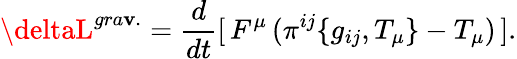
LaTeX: \deltaL^{gra\mathbf{v}.}=\frac{{d}}{{dt}}[\, F^{\mu}\, (\pi^{ij}\{ g_{ij},T_{\mu}\} -T_{\mu})\, ].